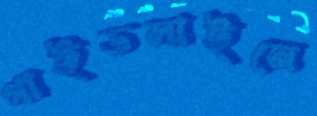
গাইডলাইনে